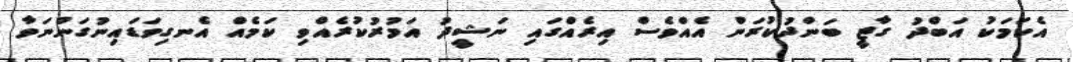
އެކަމަކު އަބްދު ގާޒީ ބަންދުކުރަން އެއްވެސް އިރެއްގައި ނަޝީދު އަމުރުކުރެއްވި ކަމެއް އެނގިވަޑައިނުގަންނަވާ